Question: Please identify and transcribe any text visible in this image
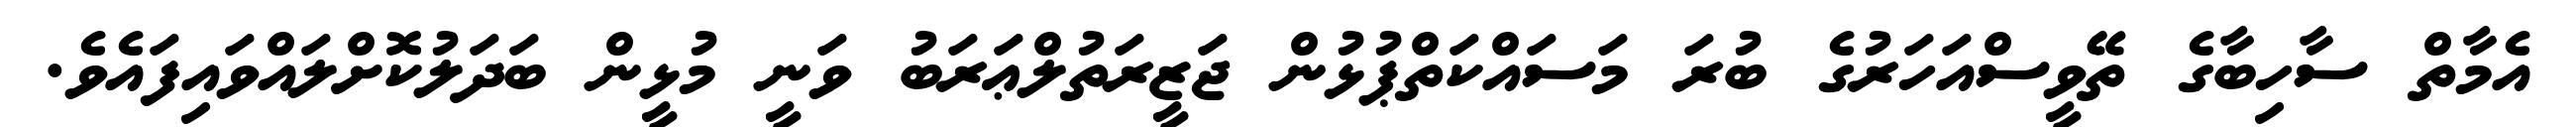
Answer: އެމާތް ސާހިބާގެ ތޭވީސްއަހަރުގެ ބުރަ މަސައްކަތްޕުޅުން ޖަޒީރަތުލްޢަރަބު ވަނީ މުޅީން ބަދަލުކޮށްލައްވައިފައެވެ.